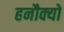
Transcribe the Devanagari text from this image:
हनौक्यो